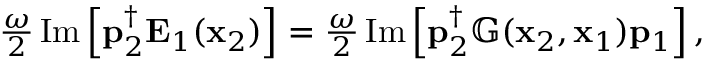
\begin{array} { r } { \frac { \omega } { 2 } \operatorname { I m } \left[ \mathbf { p } _ { 2 } ^ { \dagger } \mathbf { E } _ { 1 } ( \mathbf { x } _ { 2 } ) \right] = \frac { \omega } { 2 } \operatorname { I m } \left[ \mathbf { p } _ { 2 } ^ { \dagger } \mathbb { G } ( \mathbf { x } _ { 2 } , \mathbf { x } _ { 1 } ) \mathbf { p } _ { 1 } \right] , } \end{array}